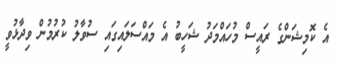
އެ ކޮޮމިޝަންގެ ރައީސް މުހައްމަދު ޝަހީބު އެ މައްސަލައިގައި ސުވާލު ކުރުމުން ވިދާޅުވީ